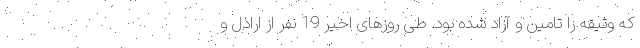
که وثیقه را تامین و آزاد شده بود. طی روزهای اخیر 19 نفر از اراذل و